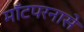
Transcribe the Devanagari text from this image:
माँटपरनासे